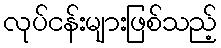
လုပ်ငန်းများဖြစ်သည့်